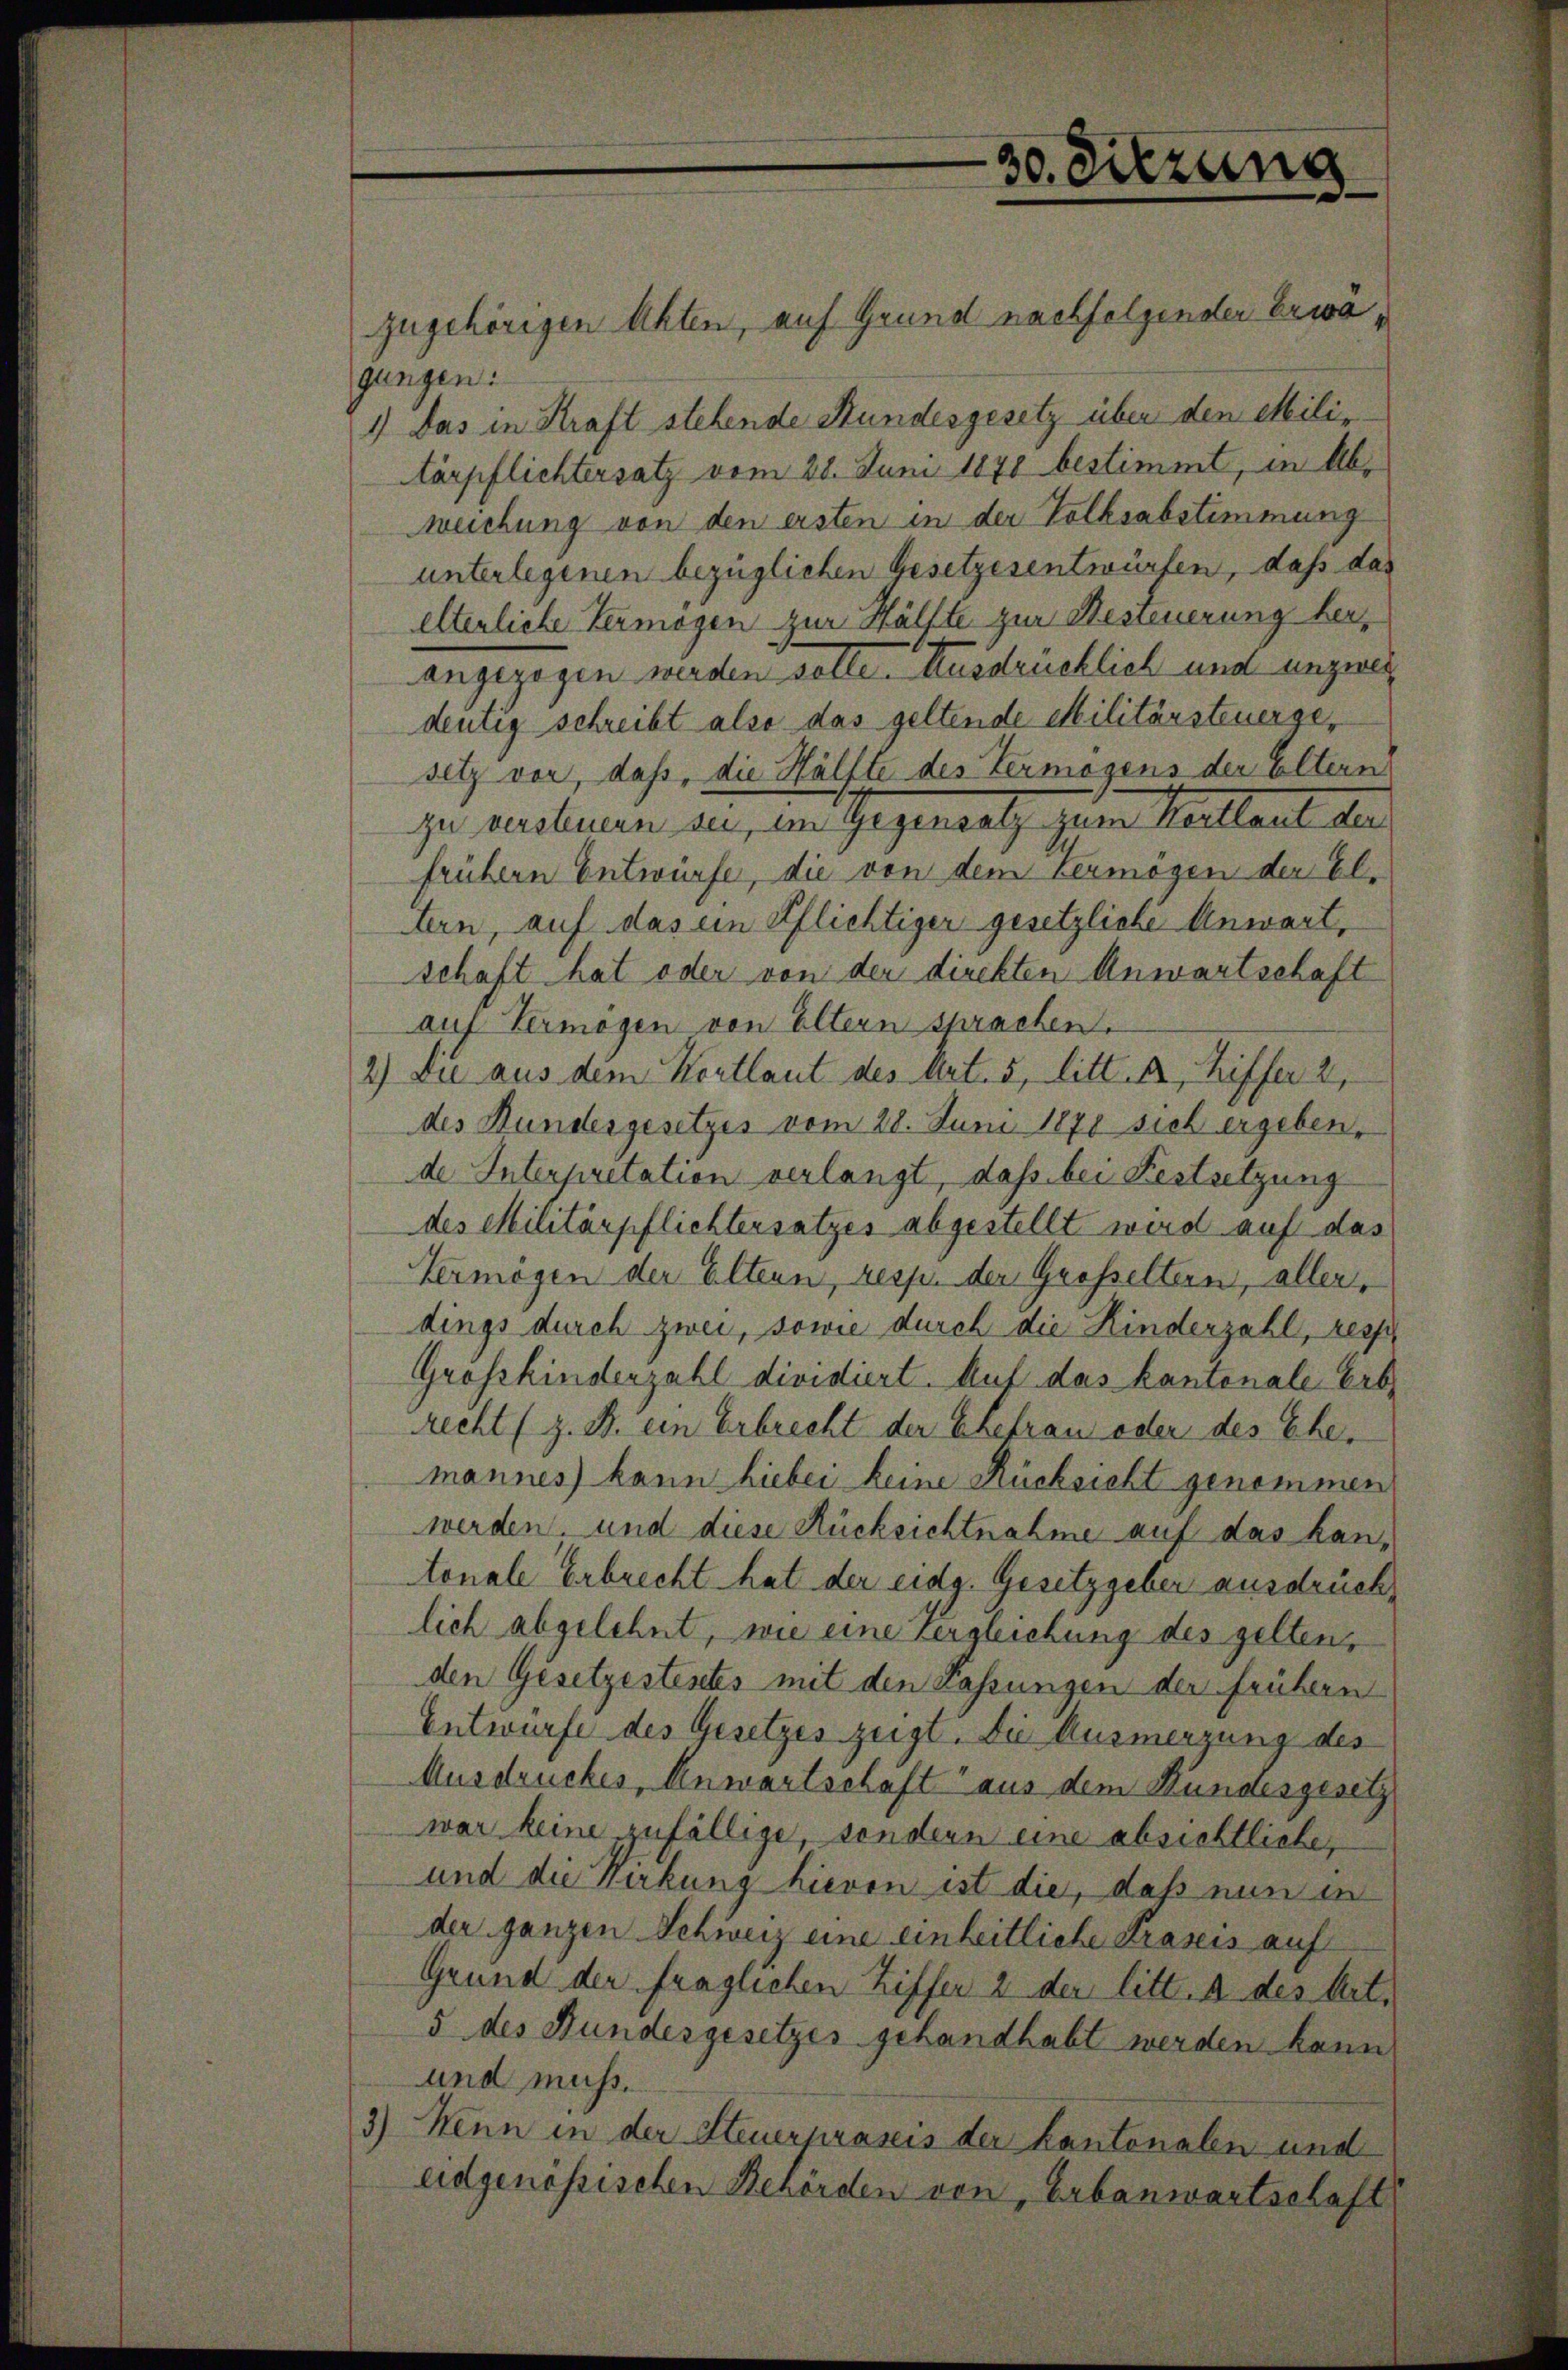
zugehörigen Akten, auf Grund nachfolgender Erwagungen:
1) Das in Kraft stehende Stundesgesetz über den Militärpflichtersatz vom 28. Juni 1878 bestimmt, in Abweichung von den ersten in der Volksabstimmung
unterlegenen bezüglichen Gesetzesentwürfen, daß das
elterliche Vermögen zur Hälfte zur Besteuerung herangezogen werden solle. Ausdrücklich und unzwei
deutig schreibt also das geltende Militärsteuergesetz vor, daß, die Hälfte des Vermögens der Eltern
zu redlieren an, ein Gegensatz zum Kortlaut den
frühern Entwürfe, die von dem Vermögen der Eltern, auf das ein Pflichtiger gesetzliche Anwart,
schaft hat oder von der direkten Anwartschaft
auf Vermögen von Eltern sprachen.
2.) Die aus dem Wortlaut des Art. 5, litt. a, Ziffer 2,
des Bundesgesetzes vom 28. Juni 1870 sich ergeben,
de Interpretation verlangt, dass bei Festsetzung
des Militärpflichtersatzes abgestellt wird auf das
Vermögen der Eltern, resp. der Grosseltern, aller,
dings durch zwei, sowie durch die Kinderzahl, resp
Grosskindenzahl dividiert. Auf das kantonale Erb
recht (z. B. ein Erbrecht der Ehefrau oder des Ehemannes) kann hiebei keine Rücksicht genommen
werden und diese Rücksichtnahme auf das kantonale Erbrecht hat der eidg. Gesetzgeber ausdrücklich abgelehnt, wie eine Vergleichung des gelten
den Gesetzestentes mit den Fassungen der frühern
Entwürfe des Gesetzes zeigt. Die Ausmerzung des
Ausdruckes, Anwartschaft aus dem Bundesgesetz
war keine zufällige, sondern eine absichtliche,
und die Wirkung hievon ist die, daß nun in
der ganzen Schweiz eine einheitliche Kraseis auf
Grund der fraglichen Ziffer 2 der litt. A des Art.
5 des Bundesgesetzes gehandhabt werden kann
und muss.
3) Wenn in der Steuerprasis der Kantonalen und
eidgenößischen Behörden von, Erbanwartschaft

30. Sitzung